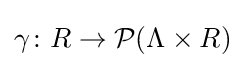
\gamma \colon R\to {\mathcal {P}}(\Lambda \times R)